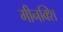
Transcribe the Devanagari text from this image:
मीनक्शि